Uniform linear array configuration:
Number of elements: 12
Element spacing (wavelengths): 0.75
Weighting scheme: hamming
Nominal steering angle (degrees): -30
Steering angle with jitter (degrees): -29.665
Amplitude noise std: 0.05
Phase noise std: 0.05

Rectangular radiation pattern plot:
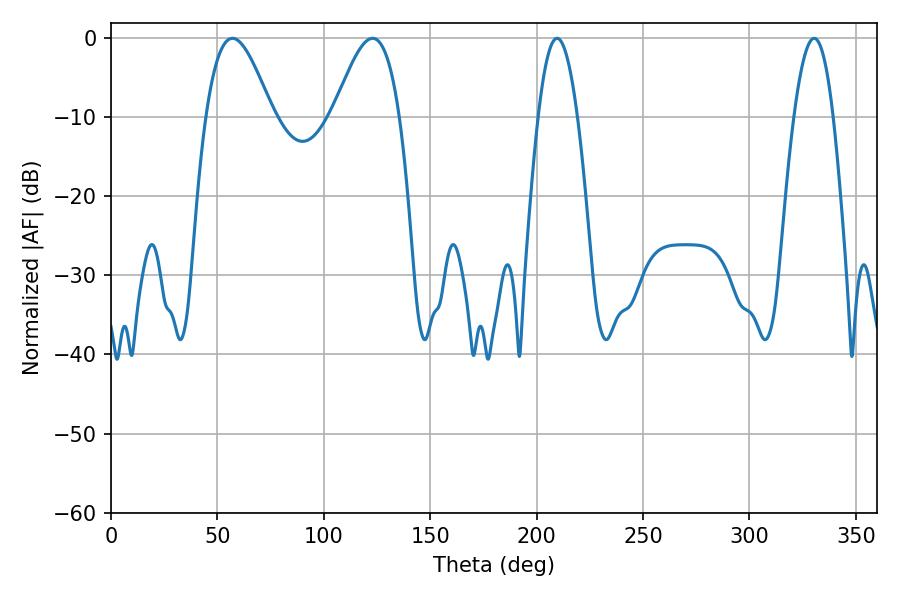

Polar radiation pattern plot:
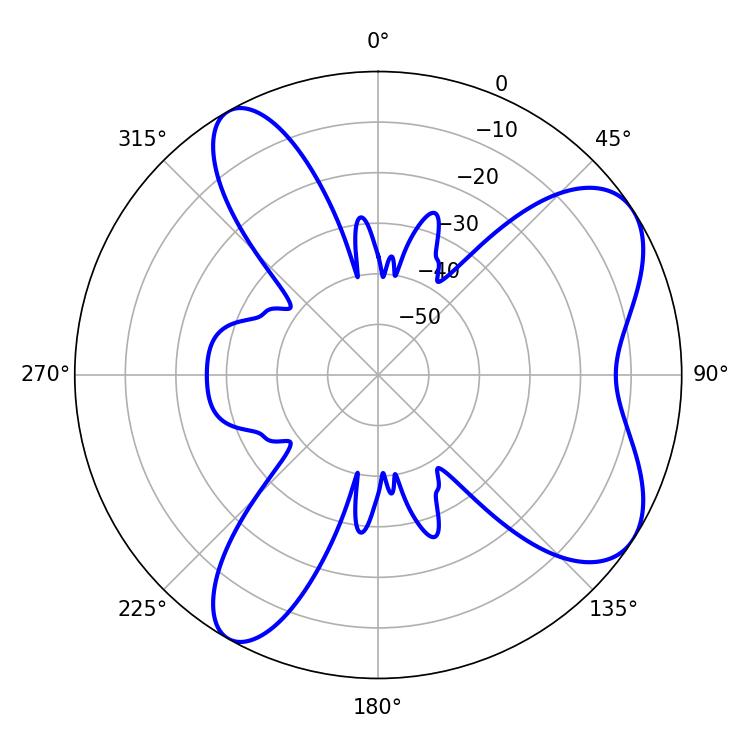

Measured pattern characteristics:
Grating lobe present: TRUE
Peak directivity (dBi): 7.246
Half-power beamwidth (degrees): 16.74
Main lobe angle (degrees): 57.06